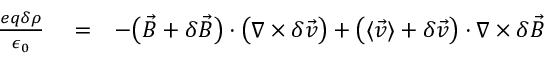
\begin{array} { r l r } { \frac { e q \delta \rho } { \epsilon _ { 0 } } } & { { } = } & { - \big ( \vec { B } + \delta \vec { B } \big ) \cdot \big ( \nabla \times \delta \vec { v } \big ) + \big ( \langle \vec { v } \rangle + \delta \vec { v } \big ) \cdot \nabla \times \delta \vec { B } } \end{array}